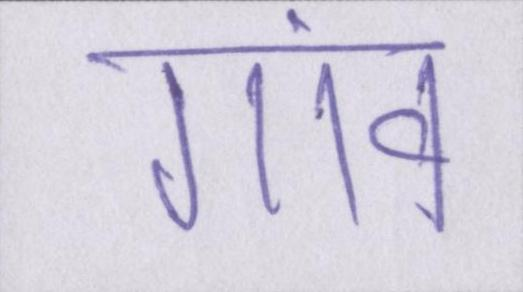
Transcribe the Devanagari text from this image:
गांव